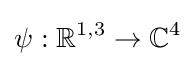
\psi :\mathbb {R} ^{1,3}\rightarrow \mathbb {C} ^{4}